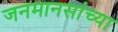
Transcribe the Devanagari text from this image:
जनमानसांच्या